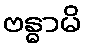
ဗန္ဓာမိ